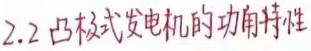
2.2 凸极式发电机的功角特性